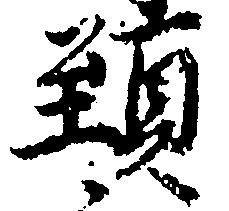
頸